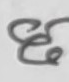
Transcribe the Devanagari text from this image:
छ